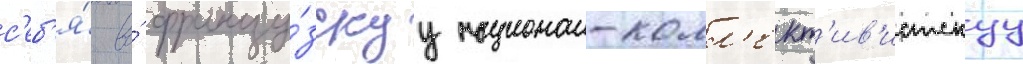
с'еб'я́ во́ францу́зскуу национал-колл'ект'ив'истскуу